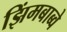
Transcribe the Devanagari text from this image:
झिंमबाब्वे